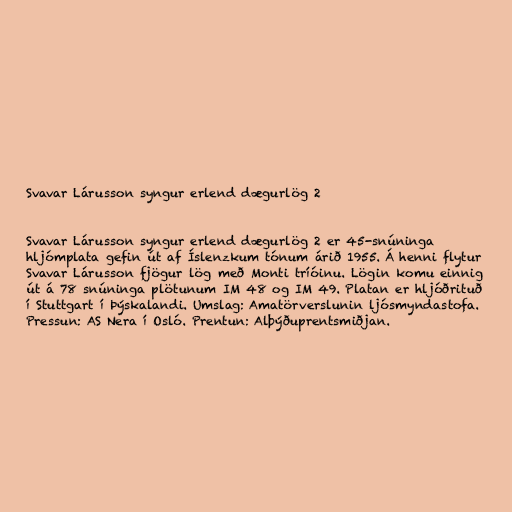
Svavar Lárusson syngur erlend dægurlög 2

Svavar Lárusson syngur erlend dægurlög 2 er 45-snúninga
hljómplata gefin út af Íslenzkum tónum árið 1955. Á henni flytur
Svavar Lárusson fjögur lög með Monti tríóinu. Lögin komu einnig
út á 78 snúninga plötunum IM 48 og IM 49. Platan er hljóðrituð
í Stuttgart í Þýskalandi. Umslag: Amatörverslunin ljósmyndastofa.
Pressun: AS Nera í Osló. Prentun: Alþýðuprentsmiðjan.